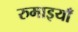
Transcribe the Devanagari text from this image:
रुमाइयाँ